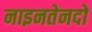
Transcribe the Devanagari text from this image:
नाइनतेनदो